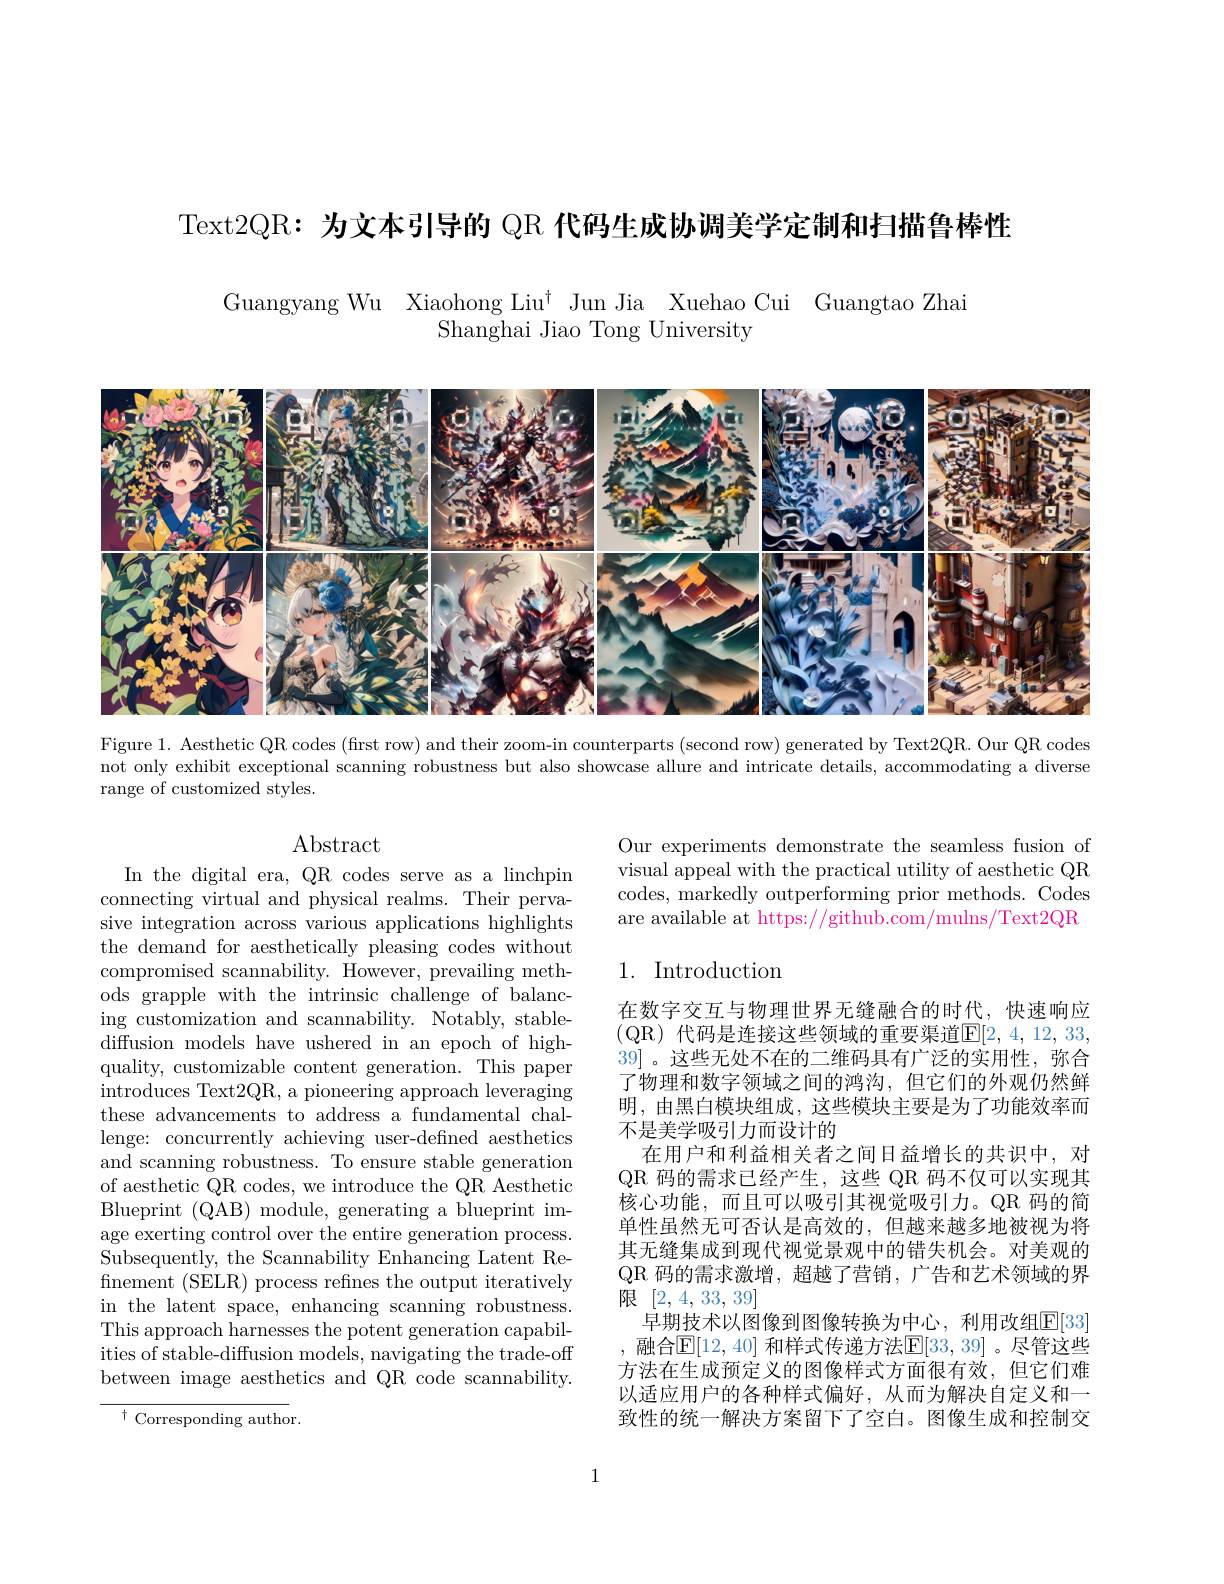
Text2QR: 为文本引导的 QR 代码生成协调美学定制和扫描鲁棒性

Guangyang Wu Xiaohong Liu$^\dagger$ Jun Jia Xuehao Cui Guangtao Zhai
$\bar{\mathrm{Shanghai~Jiao~Tong~University}}$

<FigureHere>

Figure 1. Aesthetic QR codes (first row) and their zoom-in counterparts (second row) generated by Text2QR. Our QR codes not only exhibit exceptional scanning robustness but also showcase allure and intricate details, accommodating a diverse range of customized styles.

Abstract

Our experiments demonstrate the seamless fusion of visual appeal with the practical utility of aesthetic QR codes, markedly outperforming prior methods. Codes are available at https://github.com/mulns/Text2QR

## 1. Introduction

In the digital era, QR codes serve as a linchpin connecting virtual and physical realms. Their pervasive integration across various applications highlights the demand for aesthetically pleasing codes without compromised scannability. However, prevailing methods grapple with the intrinsic challenge of balancing customization and scannability. Notably, stablediffusion models have ushered in an epoch of highquality, customizable content generation. This paper introduces Text2QR, a pioneering approach leveraging these advancements to address a fundamental challenge: concurrently achieving user-defined aesthetics and scanning robustness. To ensure stable generation of aesthetic QR codes, we introduce the QR Aesthetic Blueprint (QAB) module, generating a blueprint image exerting control over the entire generation process. Subsequently, the Scannability Enhancing Latent Refinement (SELR) process refines the output iteratively in the latent space, enhancing scanning robustness. This approach harnesses the potent generation capabilities of stable-diffusion models, navigating the trade-off between image aesthetics and QR code scannability.

在数字交互与物理世界无缝融合的时代，快速响应(QR)代码是连接这些领域的重要渠道$\mathbb{E}[2,4,12,33$, 39] 。这些无处不在的二维码具有广泛的实用性，弥合了物理和数字领域之间的鸿沟，但它们的外观仍然鲜明，由黑白模块组成，这些模块主要是为了功能效率而不是美学吸引力而设计的
在用户和利益相关者之间日益增长的共识中，对QR 码的需求已经产生，这些 QR 码不仅可以实现其核心功能，而且可以吸引其视觉吸引力。QR 码的简单性虽然无可否认是高效的，但越来越多地被视为将其无缝集成到现代视觉景观中的错失机会。对美观的QR 码的需求激增，超越了营销，广告和艺术领域的界限[2,4,33,39]
早期技术以图像到图像转换为中心，利用改组$\mathbb{E}[33]$ 融合|F||12,40| 和样式传递方法|F|33,39|。尽管这些方法在生成预定义的图像样式方面很有效，但它们难以适应用户的各种样式偏好，从而为解决自定义和一致性的统一解决方案留下了空白。图像生成和控制交

$^{\dagger}$ Corresponding author.

1